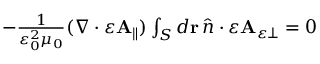
\begin{array} { r } { - \frac { 1 } { \varepsilon _ { 0 } ^ { 2 } \mu _ { 0 } } ( \nabla \cdot \varepsilon \mathbf { A } _ { \parallel } ) \int _ { S } d \mathbf { r } \, \hat { n } \cdot \varepsilon \mathbf { A } _ { \varepsilon \perp } = 0 } \end{array}